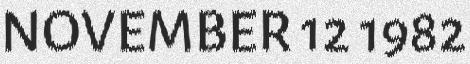
NOVEMBER 12 1982